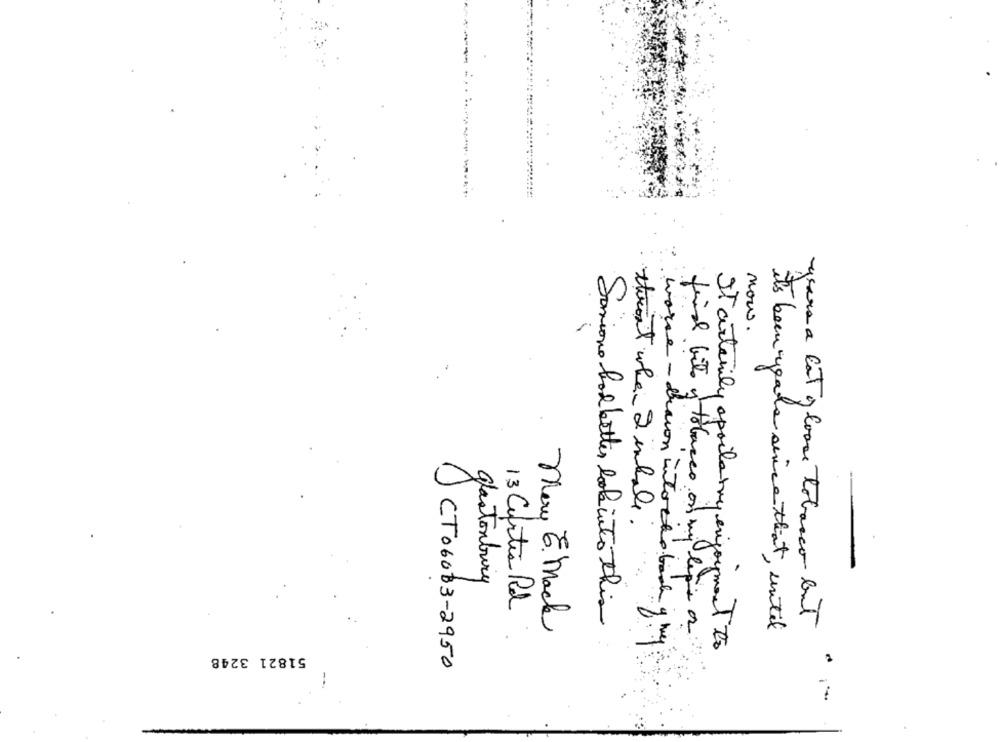
-----
now.
thront when I intale .
glastonbury
13 Curtia Rd
Sonione had better look into this
Mary E. Mack
final bito y tobacco on my lepis os
its been meals since that, until
years a lot y loose tobacco but
It artemily aprile try enjoyment to
51821 3248
worse - drawn intacto back of my
JCT06063-2950
--